Suure-Kopu_vallavalitsus, lk 15
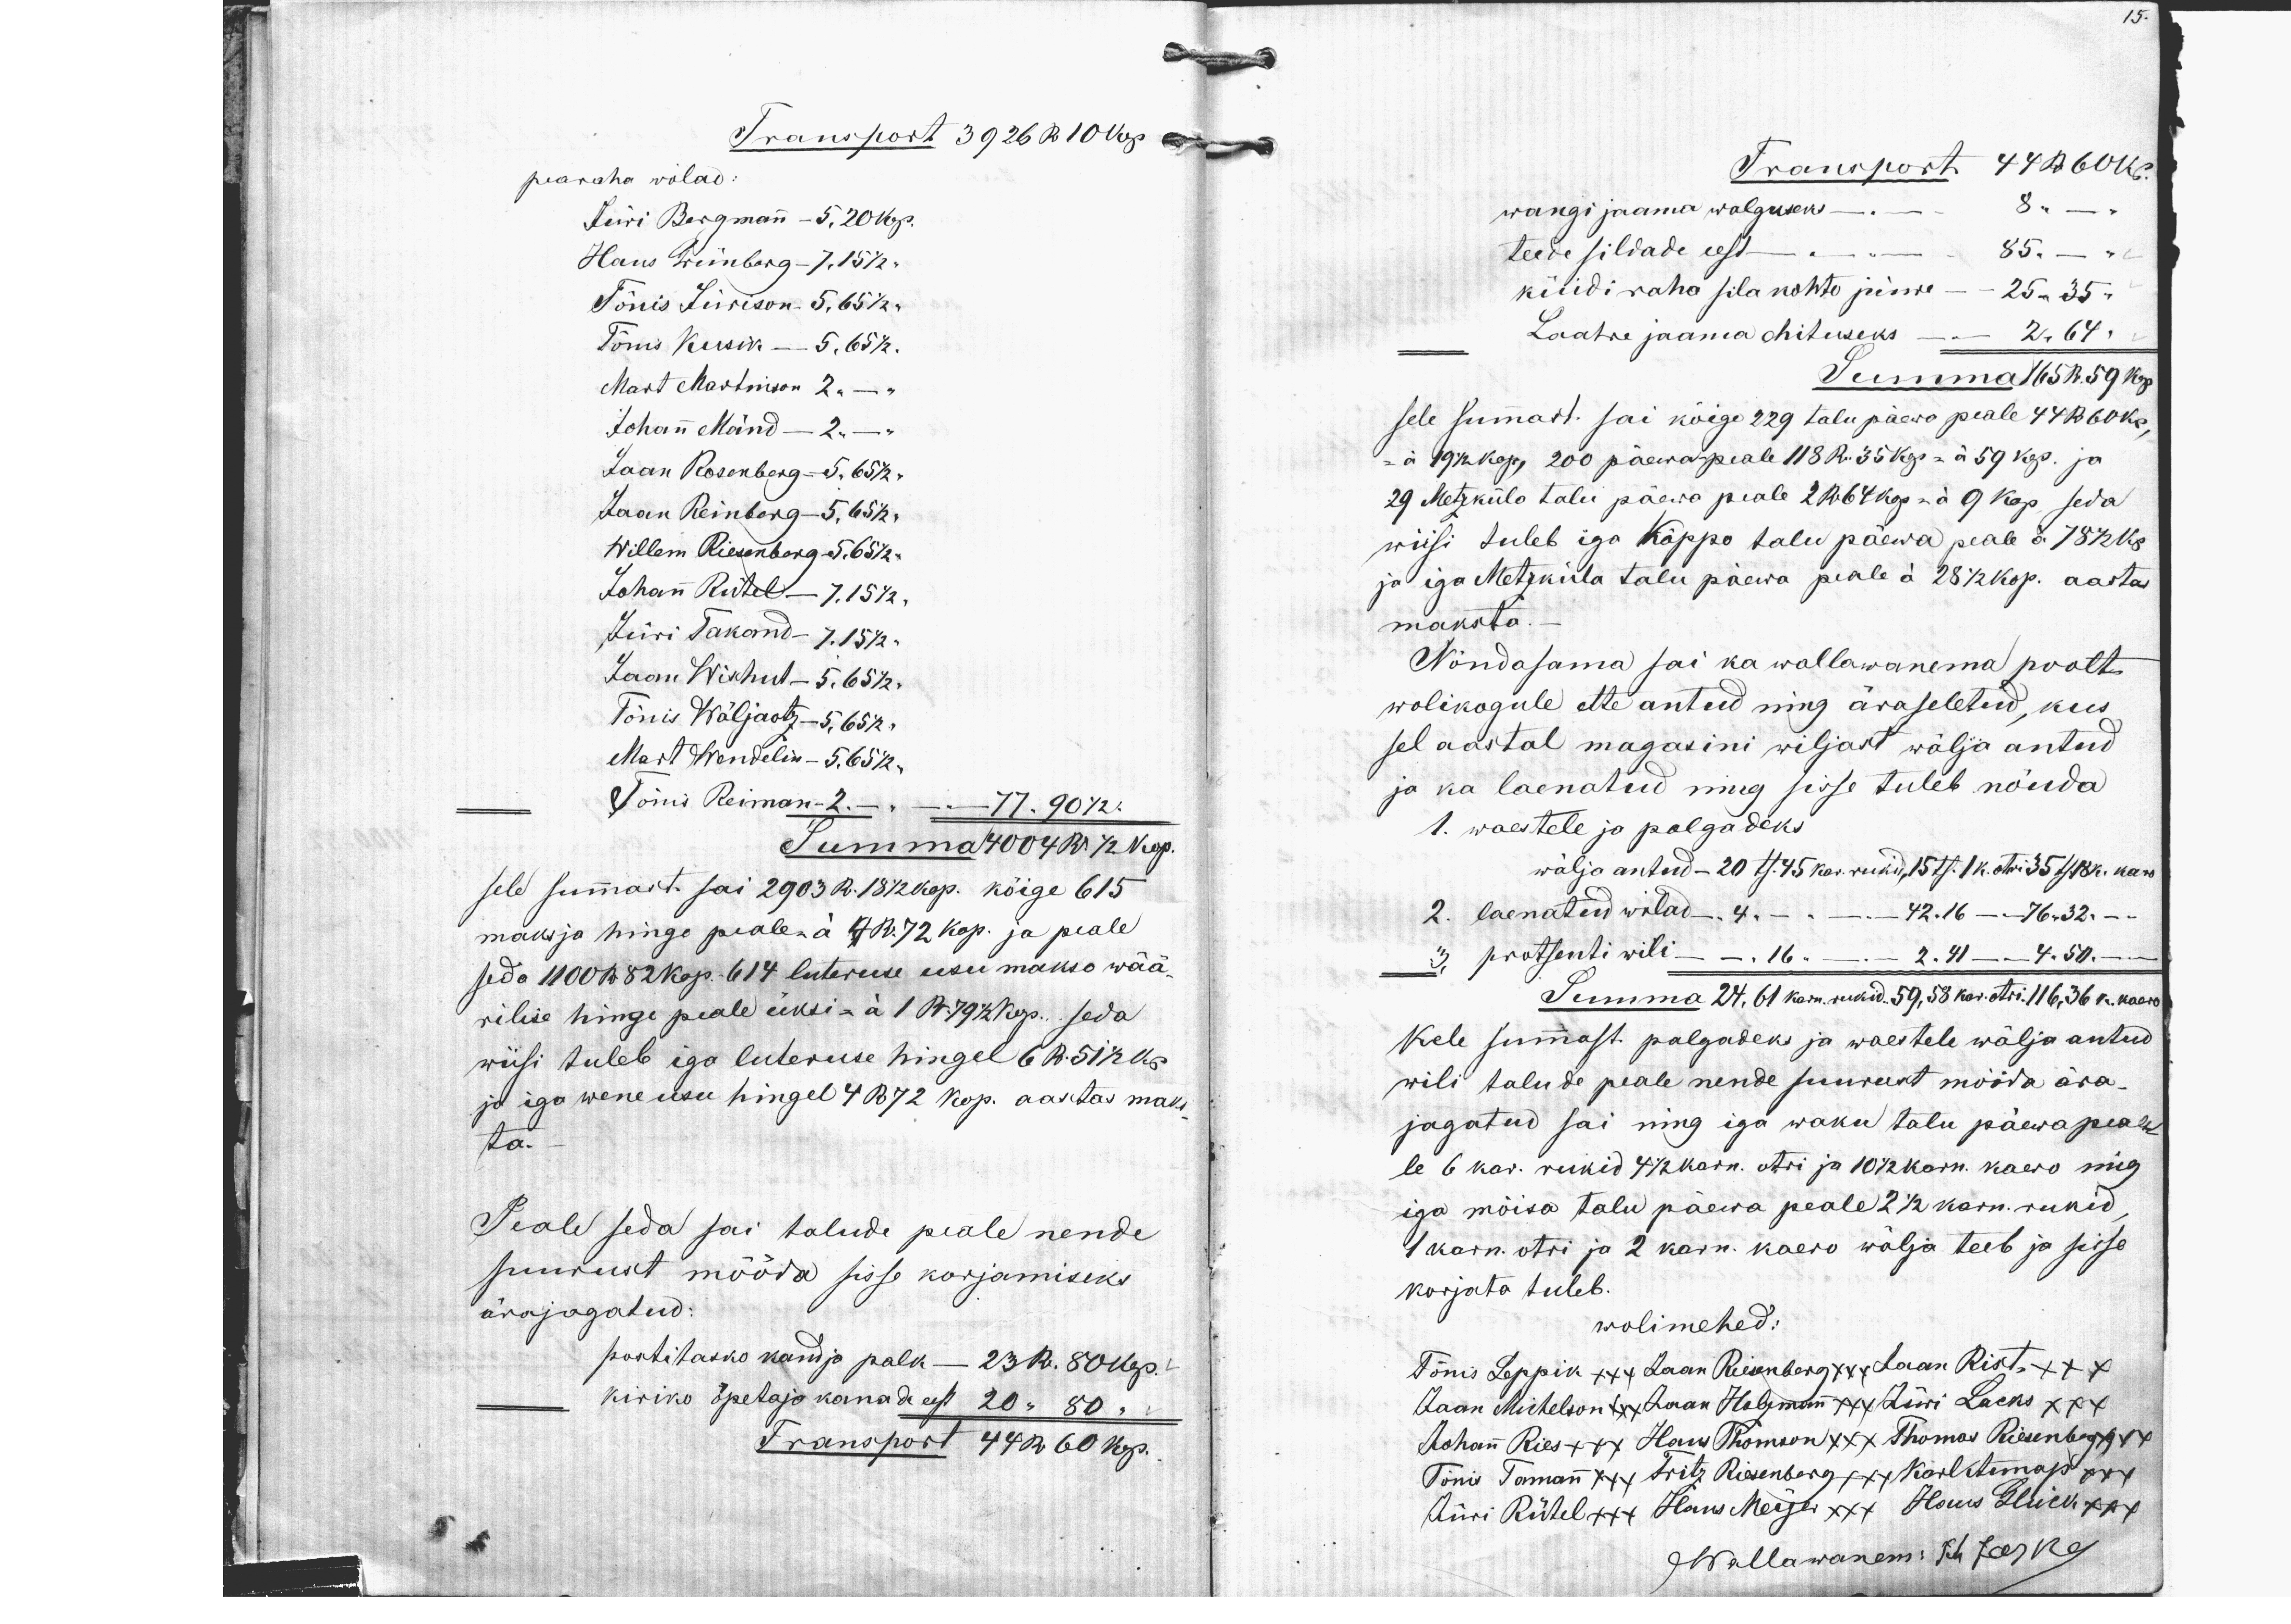
15.

Transport 3926 R 10 kop.
pearaha wõlad:
Jüri Bergmann - 5,20 kop.
Hans Weinberg - 7,15 1/2 "
Tõnis Jürison - 5,65 1/2 "
Tõnis Kusik - 5,65 1/2 "
Mart Martinson 2 - "
Johann Mänd - 2 - "
Jaan Rosenberg - 5,65 1/2 "
Jaan Reinberg - 5,65 1/2 "
Willem Riesenberg - 5,65 1/2 "
Johann Rütel - 7,15 1/2 "
Jüri Takond - 7,15 1/2 "
Jaan Wischut - 5,65 1/2 "
Tõnis Wäljaotz - 5,65 1/2 "
Mart Wendelin - 5,65 1/2 "
Tõnis Reiman - 2. - " - 77.90 1/2.
Summa 4004 R 1/2 Kop.
sele summast sai 2903 R. 18 1/2 kop. kõige 615
maks ja hinge peale à 4 R 72 kop. ja peale
seda 1100 R 82 kop. 614 luteruse usu makso wää-
rilise hinge peale üksi = à 1 R  79 1/2 kop., seda
wiisi tuleb iga luteruse hingel 6 R 51 1/2 Kop
ja iga wene usu hingel 4 R 72 kop. aastas maks-
ta.
Peale seda sai talude peale nende
suurust mööda sisse korjamiseks
ärajagatud:
postitasko kandja palk - 23 R. 80 kop.
kiriko õpetaja kanade eest 20 " 80 "
Transport 44 R 60 kop.

Transport 44 R 60 kop.
wangi jaama walguseks - 8 " -
teede sildade eest - 85. -
küidi raha sila kohto juurde - 25"35 "
Laatre jaama ehituseks - 2,64 "
Summa 65 R. 59 kop.
sele summast sai kõige 229 talu päewo peale 44 R 60 kop.
- à 19 1/2 kop, 200 päewa peale 118 R. 35 kop = à 59 kop. ja
29 Metzküla talu päewa peale 2 R 64 kop.=à 9 kop, seda
wiisi tuleb iga Kõppo talu päewa peale à 78 1/2 kop.
ja iga Metsküla talu päewa peale á 28 1/2 kop. aasta
maksta. -
Nõndasama sai ka wallawanema poolt
wolikogule ette antud ning äraseletud, kus
sel aastal magasini wiljast wälja antud.
ja ka laenatud ning sisse tuleb nõuda
1. waestele ja palgadeks
wälja antud - 20 ts. 45 kar. rukid, 15 ts. 1 k. otri 35 ts18 k. kaero
2. laenatud wilad 4. - 42.16 - 76.32. -
3. protsenti wili - 16 - 2.41 - 4.50. -
Summa 24,61 karn. rukid. 59, 58 kar. otri. 116, 36 k. kaero
Kele summast palgadeks ja waestele wälja antud
wili talude peale nende suurust mööda ära
jagatud sai ning iga waku talu päewa peale
le 6 kar. rukid 4 1/2 karn. otri ja 10 1/2 karn. kaero ning
iga mõisa talu päewa peale 2 1/2 karn. rukid.
1 karn. otri ja 2 karn kaero wälja teeb ja sisse
korjata tuleb.
wolimehed:
Tõnis Leppik +xx Jaan Riesenberg xxx Jaan Rist x+x
Jaan Michelson xxx Jaan Holzmann xxx Jüri Lacks xxx
Johann Ries ++x Hans Thomson xxx Thomas Riesenberg xxx
Tõnis Tomann xxx Fritz Riesenberg +xx Karl Aunap xxx
Jüri Rütel +++ Hans Meijer xxx Hans Glück
Wallawanem: Joh Jaska